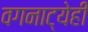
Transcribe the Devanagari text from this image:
वगनाट्येही